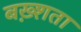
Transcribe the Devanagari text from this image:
बख़्शता